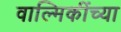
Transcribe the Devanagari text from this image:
वाल्मिकींच्या